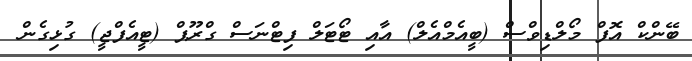
ބޭންކް އޮފް މޯލްޑިވްސް (ބީއެމްއެލް) އާއި ޓޯޓަލް ފިޓްނަސް ގްރޫޕް (ޓީއެފްޖީ) ގުޅިގެން